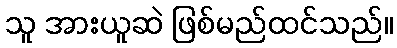
သူ အားယူဆဲ ဖြစ်မည်ထင်သည်။